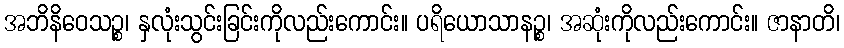
အဘိနိဝေသဉ္စ၊ နှလုံးသွင်းခြင်းကိုလည်းကောင်း။ ပရိယောသာနဉ္စ၊ အဆုံးကိုလည်းကောင်း။ ဇာနာတိ၊